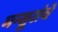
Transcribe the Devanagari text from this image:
मन्सुरांचे